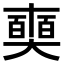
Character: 𠁗